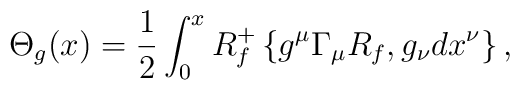
\Theta_{g}(x)=\frac{1}{2}\int_{0}^{x} R^{+}_{f}\left\{ g^{\mu}\Gamma_{\mu}R_{f}, g_{\nu}dx^{\nu}\right\},